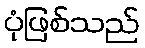
ပုံဖြစ်သည်